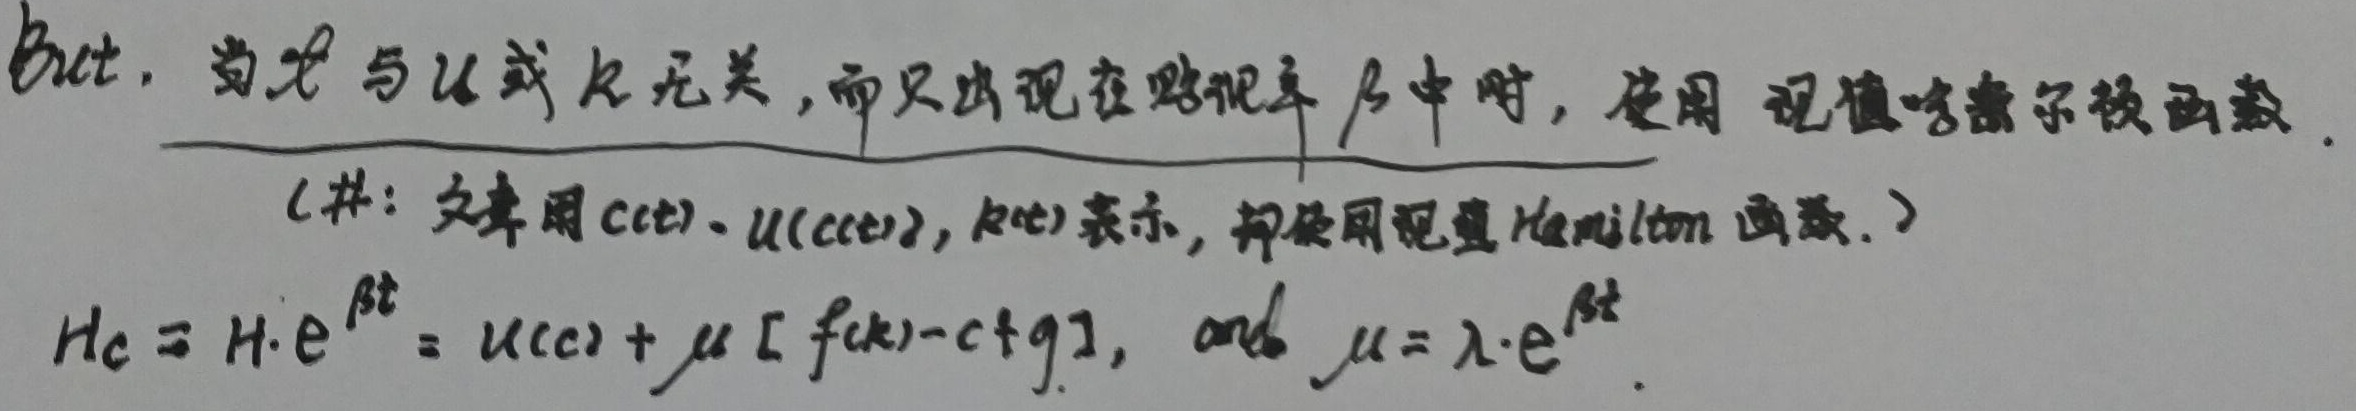
But, 当 \(t\) 与 \(u\) 或 \(k\) 无关，而只出现在贴现率 \(\beta\) 中时，使用现值哈密尔顿函数.（注：文中用 \(c(t),u(c(t)),k(t)\) 表示，即使用现值 Hamilton 函数.）

\[H_c = H\cdot e^{\beta t}=u(c)+\mu[f(k)-c+g], \text{ and } \mu = \lambda\cdot e^{\beta t}\]